Civil Veterinary Department Bengal reports 1923-33 - 1923-1933
Year: 1923
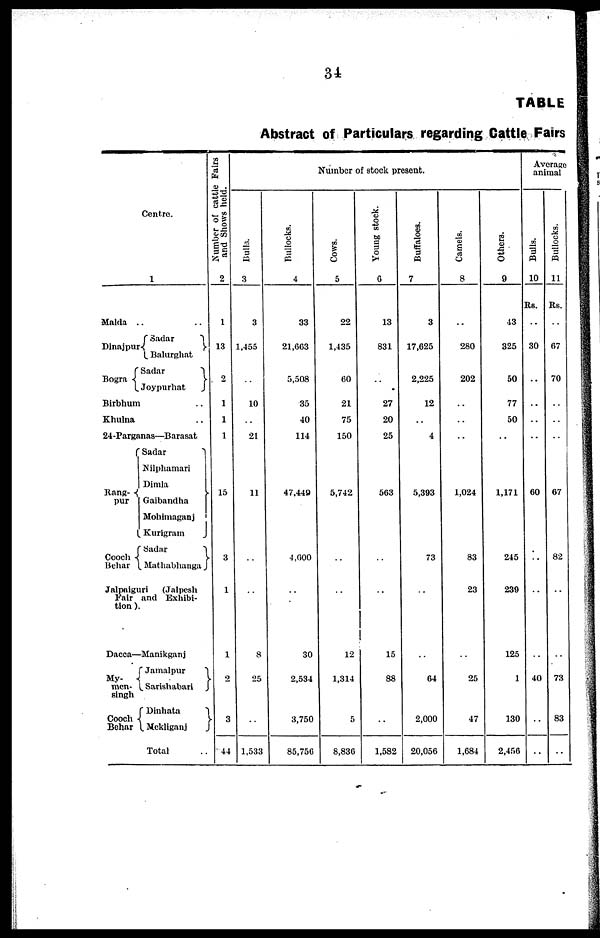
34
TABLE
Abstract of Particulars regarding Cattle Fairs
Centre.
1
Malda .. ..
Dinajpur
Bogra
Sadar
Balurghat
Sadar
Joypurhat
Birbhum ..
Khulna ..
24-Parganas—Barasat
Rang-
pur
Cooch
Behar
Sadar
Nilphamari
Dimla
Gaibandha
Mohimaganj
Kurigram
Sadar
Mathabhanga
Jalpaiguri (Jalpesh
Fair and Exhibi-
tion).
Dacca—Manikganj
My-
men-
singh
Cooch
Behar
Jamalpur
Sarishabari
Dinhata
(Mekliganj
Total ..
Number of cattle Fairs
and Shows held.
2
1
13
2
1
1
1
15
3
1
1
2
3
44
Number of stock present.
Bulls.
3
3
1,455
..
10
..
21
11
..
..
8
25
..
1,533
Bullocks.
4
33
21,663
5,508
35
40
114
47,449
4,600
..
30
2,534
3,750
85,750
Cows.
5
22
1,435
60
21
75
150
5,742
..
..
12
1,314
5
8,830
Young stock.
6
13
831
27
20
25
563
..
..
15
88
..
1,582
Buffaloes.
7
3
17,625
2,225
12
..
4
5,393
73
..
..
64
2,000
20,056
Camels.
8
..
280
202
..
..
..
1,024
83
23
..
25
47
1,684
Others.
9
43
325
50
77
50
..
1,171
245
239
125
1
130
2,456
Average
animal
Bulls.
10
Rs.
..
30
..
..
..
..
60
..
..
..
40
..
Bullocks.
11
Rs.
..
67
70
..
..
..
67
82
..
..
73
83
..